Report of the Hyderabad Chloroform Commission
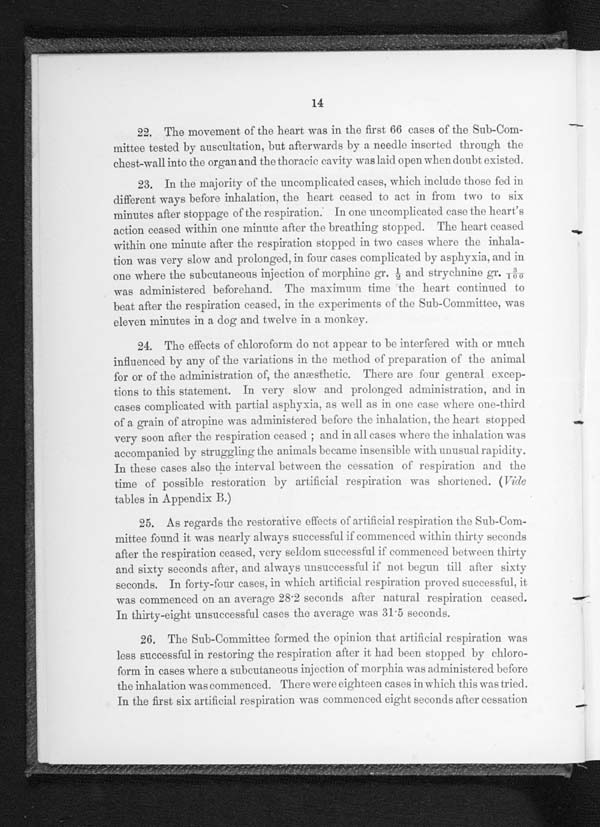
14
22. The movement of the heart was in the first 66 cases of the Sub-Com-
mittee tested by auscultation, but afterwards by a needle inserted through the
chest-wall into the organ and the thoracic cavity was laid open when doubt existed.
23. In the majority of the uncomplicated cases, which include those fed in
different ways before inhalation, the heart ceased to act in from two to six
minutes after stoppage of the respiration. In one uncomplicated case the heart's
action ceased within one minute after the breathing stopped. The heart ceased
within one minute after the respiration stopped in two cases where the inhala-
tion was very slow and prolonged, in four cases complicated by asphyxia, and in
one where the subcutaneous injection of morphine gr. ½ and strychnine gr
. 3 / 1 0 0
w a s a d m i n i s t e r e d b e f o r e h a n d . T h e m a x i m u m t i m e t h e h e a r t c o n t i n u e d t o
beat after the respiration ceased, in the experiments of the Sub-Committee, was
eleven minutes in a dog and twelve in a monkey.
24. The effects of chloroform do not appear to be interfered with or much
influenced by any of the variations in the method of preparation of the animal
for or of the administration of, the anæsthetic. There are four general excep-
tions to this statement. In very slow and prolonged administration, and in
cases complicated with partial asphyxia, as well as in one case where one-third
of a grain of atropine was administered before the inhalation, the heart stopped
very soon after the respiration ceased; and in all cases where the inhalation was
accompanied by struggling the animals became insensible with unusual rapidity.
In these cases also the interval between the cessation of respiration and the
time of possible restoration by artificial respiration was shortened. ( V i d e
tables in Appendix B.)
25. As regards the restorative effects of artificial respiration the Sub-Com-
mittee found it was nearly always successful if commenced within thirty seconds
after the respiration ceased, very seldom successful if commenced between thirty
and sixty seconds after, and always -unsuccessful if -not begun till after sixty
seconds. In forty-four cases, in which artificial respiration proved successful, it.
was commenced on an average 28·2 seconds after natural respiration ceased.
In thirty-eight unsuccessful cases the average was 31·5 seconds.
26. The Sub-Committee formed the opinion that artificial respiration was
less successful in restoring the respiration after it had been stopped by chloro-
form in cases where a subcutaneous injection of morphia was administered before
the inhalation was commenced. There were eighteen cases in which this was tried.
In the first six artificial respiration was commenced eight seconds after cessation